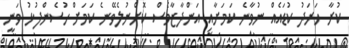
ކުރާ ހަރަދު ކުޑައެއް ނުވާނެ ކަމަށާއި އަންދާޒާވެސް ކޮށްނުލެވޭނެ ކަމަށް ހުސެންފުޅު ވަނީ